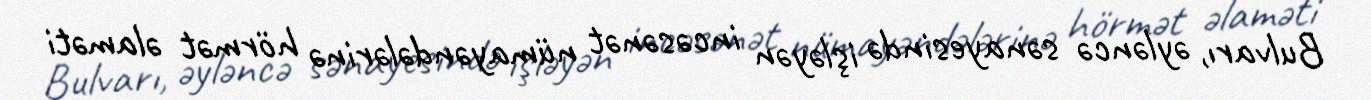
Bulvarı, əyləncə sənayesində işləyən incəsənət nümayəndələrinə hörmət əlaməti